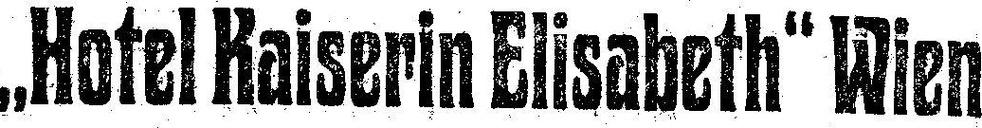
„Hotel Kaiserin Elisabeth“ Wien